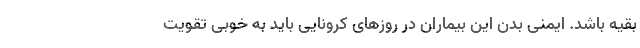
بقیه باشد. ایمنی بدن این بیماران در روزهای کرونایی باید به خوبی تقویت